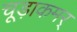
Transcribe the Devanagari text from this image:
चूड़ाकमर्